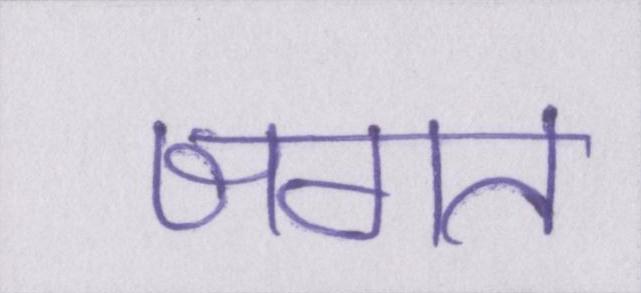
जगत